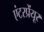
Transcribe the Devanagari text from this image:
एंटरप्रेंयूर